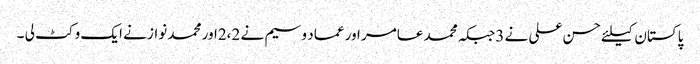
پاکستان کیلئے حسن علی نے 3جبکہ محمد عامر اور عماد وسیم نے 2،2اور محمد نواز نے ایک وکٹ لی ۔